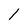
Character: 1